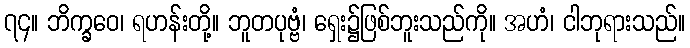
၇၄။ ဘိက္ခဝေ၊ ရဟန်းတို့။ ဘူတပုဗ္ဗံ၊ ရှေး၌ဖြစ်ဘူးသည်ကို။ အဟံ၊ ငါဘုရားသည်။